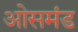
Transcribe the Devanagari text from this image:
ओसमंड